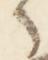
之